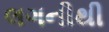
લગનીથી